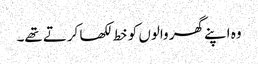
وہ اپنے گھر والوں کو خط لکھا کرتے تھے۔